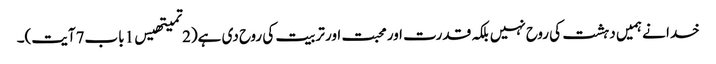
خدا نے ہمیں دہشت کی روح نہیں بلکہ قدرت اور محبت اور تربیت کی روح دی ہے(2تمیتھیس1باب7آیت)۔